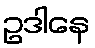
ဥဒါနေ